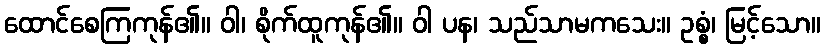
ထောင်စေကြကုန်၏။ ဝါ၊ စိုက်ထူကုန်၏။ ဝါ ပန၊ သည်သာမကသေး။ ဥစ္စံ၊ မြင့်သော။